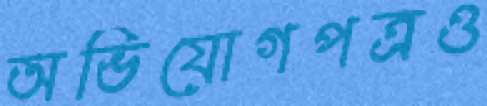
অভিযোগপত্রও